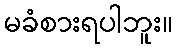
မခံစားရပါဘူး။